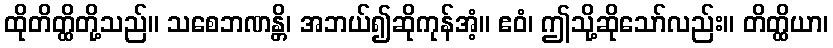
ထိုတိတ္ထိတို့သည်။ သစေဘဏန္တိ၊ အဘယ်၍ဆိုကုန်အံ့။ ဧဝံ၊ ဤသို့ဆိုသော်လည်း။ တိတ္ထိယာ၊